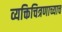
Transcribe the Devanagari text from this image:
व्यक्तिचित्रणाच्याच